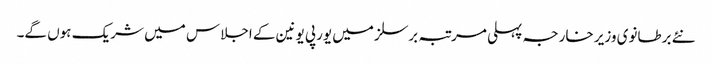
نئے برطانوی وزیر خارجہ پہلی مرتبہ برسلز میں یورپی یونین کے اجلاس میں شریک ہوں گے۔